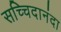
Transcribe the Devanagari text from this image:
सच्चिदानंदा